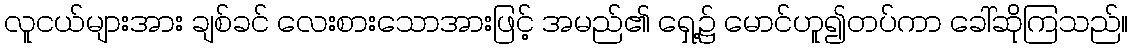
လူငယ်များအား ချစ်ခင် လေးစားသောအားဖြင့် အမည်၏ ရှေ့၌ မောင်ဟူ၍တပ်ကာ ခေါ်ဆိုကြသည်။